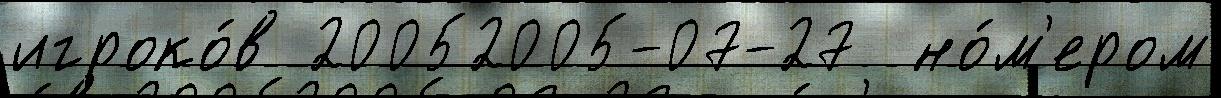
игроко́в 20052005-07-27  но́м'ером